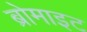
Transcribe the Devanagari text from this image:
ब्रोमाइट